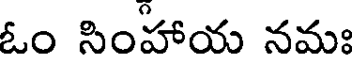
ఓం సింహాయ నమః